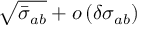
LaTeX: \sqrt { \bar { \sigma } _ { a b } } + o \left( \delta \sigma _ { a b } \right)